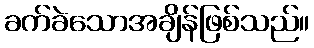
ခက်ခဲသောအချိန်ဖြစ်သည်။